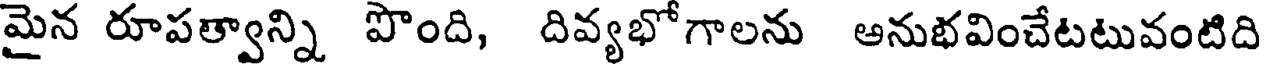
మైన రూపత్వాన్ని పొంది, దివ్యభోగాలను అనుభవించేటటువంటిది